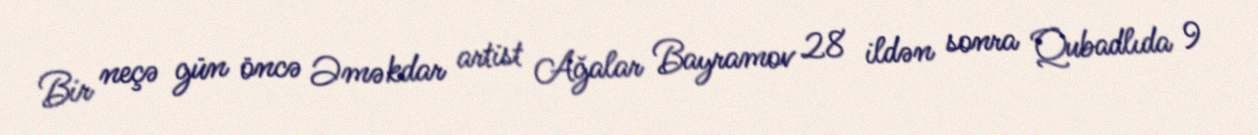
Bir neçə gün öncə Əməkdar artist Ağalar Bayramov 28 ildən sonra Qubadlıda 9